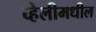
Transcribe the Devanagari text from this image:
व्हेलीमधील